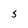
Character: s